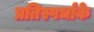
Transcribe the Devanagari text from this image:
प्रतिस्पर्धाके